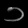
Digit: ၁